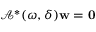
\mathcal { A } ^ { * } ( \omega , \delta ) \mathbf { w } = \mathbf { 0 }